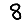
Digit: 8